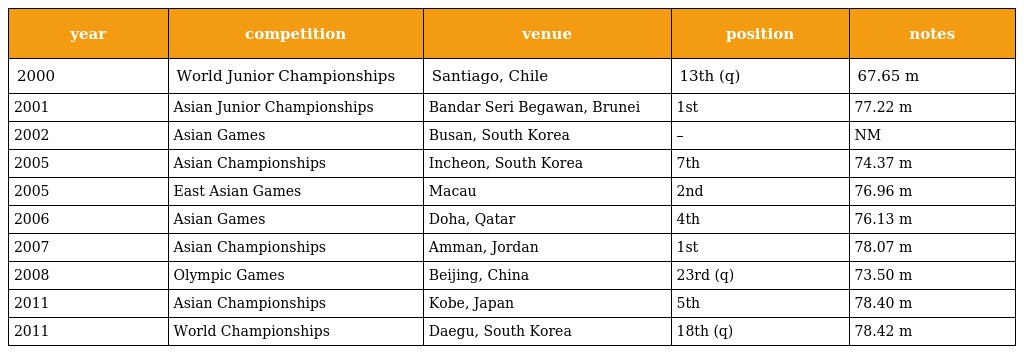
| year | competition | venue | position | notes |
 | --- | --- | --- | --- | --- |
 | 2000 | World Junior Championships | Santiago, Chile | 13th (q) | 67.65 m |
 | 2001 | Asian Junior Championships | Bandar Seri Begawan, Brunei | 1st | 77.22 m |
 | 2002 | Asian Games | Busan, South Korea | – | NM |
 | 2005 | Asian Championships | Incheon, South Korea | 7th | 74.37 m |
 | 2005 | East Asian Games | Macau | 2nd | 76.96 m |
 | 2006 | Asian Games | Doha, Qatar | 4th | 76.13 m |
 | 2007 | Asian Championships | Amman, Jordan | 1st | 78.07 m |
 | 2008 | Olympic Games | Beijing, China | 23rd (q) | 73.50 m |
 | 2011 | Asian Championships | Kobe, Japan | 5th | 78.40 m |
 | 2011 | World Championships | Daegu, South Korea | 18th (q) | 78.42 m |